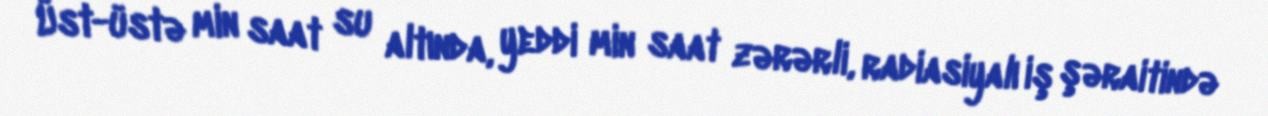
Üst-üstə min saat su altında, yeddi min saat zərərli, radiasiyalı iş şəraitində